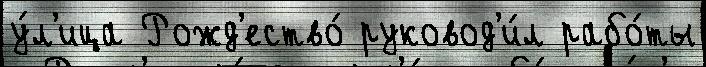
у́л'ица Рожд'ество́ руковод'и́л рабо́ты